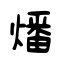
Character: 燔